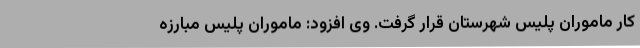
کار ماموران پلیس شهرستان قرار گرفت. وی افزود: ماموران پلیس مبارزه